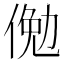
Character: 𬾲